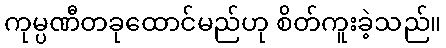
ကုမ္ပဏီတခုထောင်မည်ဟု စိတ်ကူးခဲ့သည်။